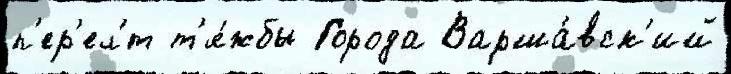
п'ер'ел'́т т'я́жбы Города Варша́вск'ий